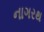
નાગરથ